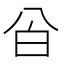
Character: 㒶